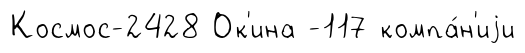
Космос-2428 Ок'ина -117 компа́н'иjи